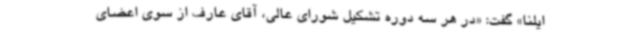
ایلنا» گفت: «در هر سه دوره‌ تشکیل شورای عالی، آقای عارف از سوی اعضای